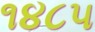
૧૪૮૫